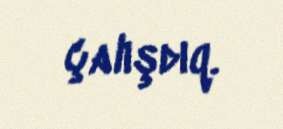
çalışdıq.